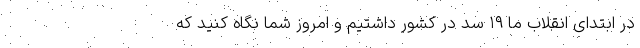
در ابتدای انقلاب ما ۱۹ سد در کشور داشتیم و امروز شما نگاه کنید که